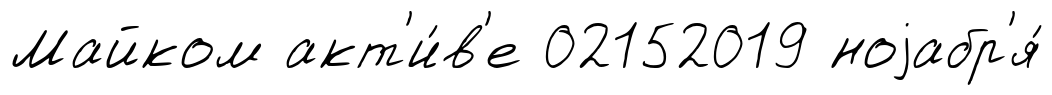
Майком акт'и́в'е 02152019 ноjабр'я́